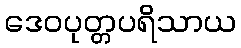
ဒေဝပုတ္တပရိသာယ